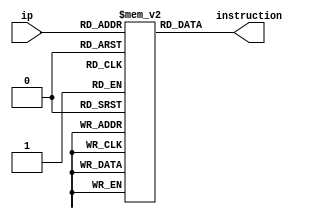
// Module for Instruction Memory

module memory(ip, instruction);

	reg [31:0] REGISTER[0:6];									// 8 32-bit memory register

	input [2:0] ip; 									// 3 bit program counter as input
	output wire [31:0] instruction;								// 32 bit instruction as output

	initial
		begin
			REGISTER[0] = 32'b00100100000000010000000000101101;	// addiu $1, $0, 45
			REGISTER[1] = 32'b00100100000000101111111111101100;	// addiu $2, $0, -20
			REGISTER[2] = 32'b00100100000000111111111111000100;	// addiu $3, $0, -60
			REGISTER[3] = 32'b00100100000001000000000000011110;	// addiu $4, $0, 30
			REGISTER[4] = 32'b0000000001000100010100000010101;	// addu $5, $1, $2
			REGISTER[5] = 32'b0000000011001000011000000010101; // addu $6, $3, $4
			REGISTER[6] = 32'b0000000101001100010100000010111; // subu $5, $5, $6
		end

	assign instruction = REGISTER[ip];				// Multiplexer to choose the instruction from the program counter

endmodule